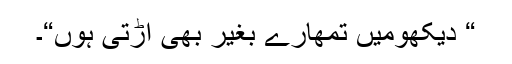
“ دیکھومیں تمھارے بغیر بھی اُڑتی ہوں“۔